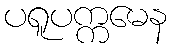
ပရူပက္ကမေန